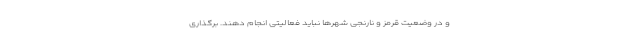
و در وضعیت قرمز و نارنجی شهرها نباید فعالیتی انجام دهند. برگذاری